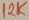
Text: 12K